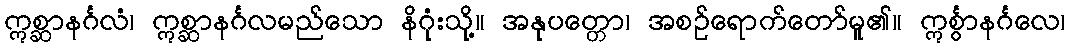
ဣစ္ဆာနင်္ဂလံ၊ ဣစ္ဆာနင်္ဂလမည်သော နိဂုံးသို့။ အနုပတ္တော၊ အစဉ်ရောက်တော်မူ၏။ ဣင်္စွာနင်္ဂလေ၊